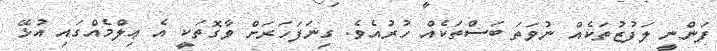
ފަންނީ ލަފުޒުތަކެއް ނުވަތަ ބަސްތަކެއް ހުރުއެވެ. ގިނަފަހަރަށް ވާގޮތަކީ އެ ޢިލްމެއްގައި އުޅޭ